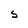
Character: S